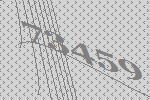
73459